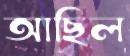
আছিল